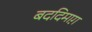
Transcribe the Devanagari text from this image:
बददिमाग़